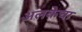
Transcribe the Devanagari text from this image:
अलकेचा